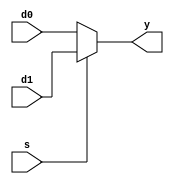
module mux2x4 (
   input       [3:0] d0,
   input       [3:0] d1,
   input             s,
   output reg  [3:0] y
   );
   
   always @(*)
      if (~s)
         y = d0;
      else
         y = d1;
         
endmodule